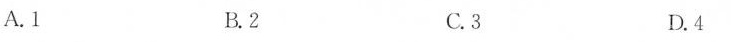
A.1 B.2 C.3 D.4